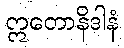
ဣတောနိဒါနံ